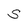
Character: S